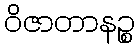
ဝိဇာတာနဉ္စ